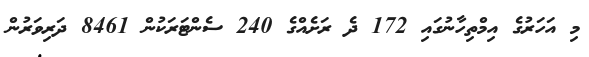
މި އަހަރުގެ އިމްތިހާނުގައި 172 ދެ ރަށެއްގެ 240 ސެންޓަރަކުން 8461 ދަރިވަރުން